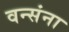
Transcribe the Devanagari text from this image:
वन्संना